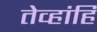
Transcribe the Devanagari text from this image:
तेव्हांहि